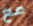
مع